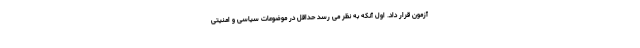
آزمون قرار داد. اول آنکه به نظر می رسد حداقل در موضوعات سیاسی و امنیتی